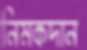
নিমকদান